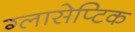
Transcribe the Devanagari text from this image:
ग्लासेप्टिक